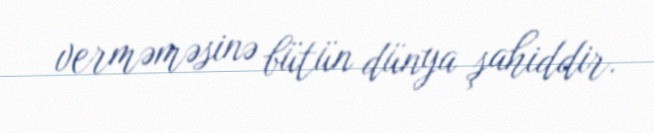
verməməsinə bütün dünya şahiddir.